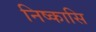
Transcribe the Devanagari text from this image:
निष्कासि